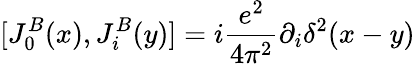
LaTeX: [J_{0}^{B}(x),J_{i}^{B}(y)]=i{\frac{e^{2}}{4\pi^{2}}}\partial_{i}\delta^{2}(x-y)